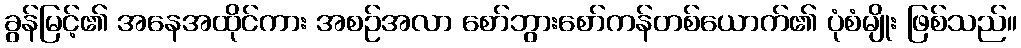
ခွန်မြင့်၏ အနေအထိုင်ကား အစဉ်အလာ စော်ဘွားစော်ကန်တစ်ယောက်၏ ပုံစံမျိုး ဖြစ်သည်။